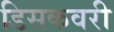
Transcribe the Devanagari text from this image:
डिसकवरी